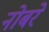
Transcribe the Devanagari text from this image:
नोबरे